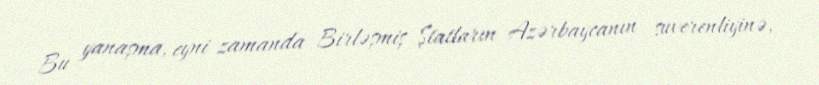
Bu yanaşma, eyni zamanda Birləşmiş Ştatların Azərbaycanın suverenliyinə,